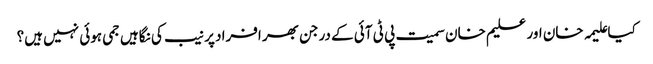
کیا علیمہ خان اور علیم خان سمیت پی ٹی آئی کے درجن بھر افراد پر نیب کی نگاہیں جمی ہوئی نہیں ہیں؟